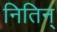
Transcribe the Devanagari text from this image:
नितिन्